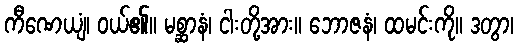
ကီဏေယျံ၊ ဝယ်၏။ မစ္ဆာနံ၊ ငါးတို့အား။ ဘောဇနံ၊ ထမင်းကို။ ဒတွာ၊